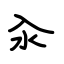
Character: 汆